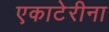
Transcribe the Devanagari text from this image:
एकाटेरीना